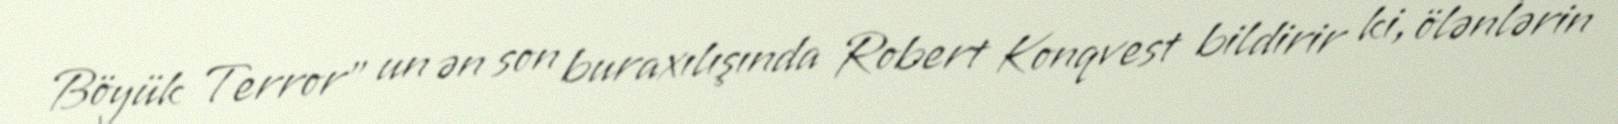
Böyük Terror" un ən son buraxılışında Robert Konqvest bildirir ki, ölənlərin